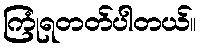
ကြုံရတတ်ပါတယ်။